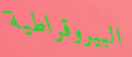
البيروقراطية